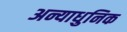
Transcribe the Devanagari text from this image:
अन्याधुनिक